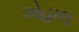
એહાલ